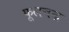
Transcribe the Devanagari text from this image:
फूलचन्द्र